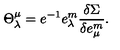
{ \Theta } _ { \lambda } ^ { \mu } = e ^ { - 1 } e _ { \lambda } ^ { m } \frac { \delta \Sigma } { \delta e _ { \mu } ^ { m } } .